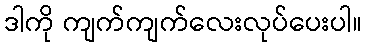
ဒါကို ကျက်ကျက်လေးလုပ်ပေးပါ။